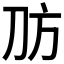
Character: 𪟀